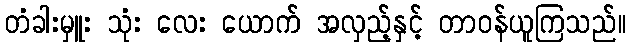
တံခါးမှူး သုံး လေး ယောက် အလှည့်နှင့် တာဝန်ယူကြသည်။